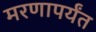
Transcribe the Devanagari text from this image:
मरणापर्यंत